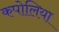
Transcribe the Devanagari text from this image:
कपोलिया